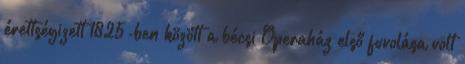
érettségizett 1825-ben között a bécsi Operaház első fuvolása volt